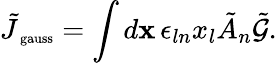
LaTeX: \tilde{J}_{\mathrm{\scriptsize~gauss}}=\int{d{\mathbf x}\, \epsilon_{ln}x_{l}\tilde{A}_{n}\tilde{\cal G}}.